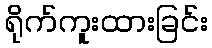
ရိုက်ကူးထားခြင်း